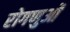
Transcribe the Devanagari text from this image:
रोगणुओं